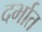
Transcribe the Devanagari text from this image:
दर्भात